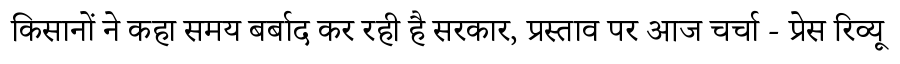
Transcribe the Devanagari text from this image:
किसानों ने कहा समय बर्बाद कर रही है सरकार, प्रस्ताव पर आज चर्चा - प्रेस रिव्यू